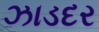
ઝાડદર